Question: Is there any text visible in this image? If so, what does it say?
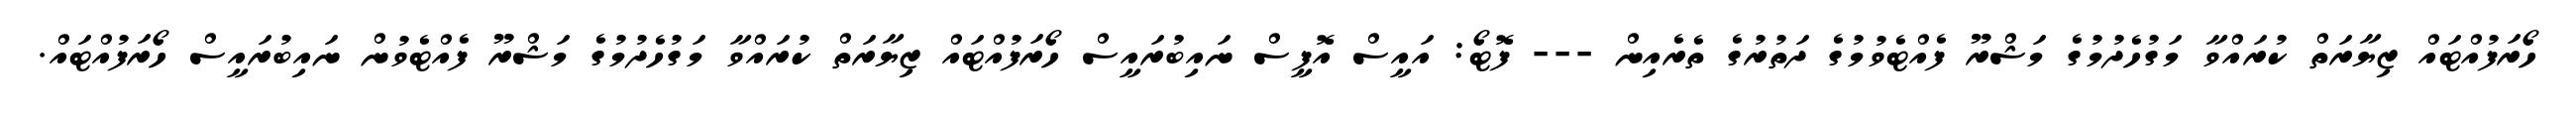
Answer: ހޯރަފުއްޓައް ޒިޔާރަތް ކުރައްވާ މަގުހެދުމުގެ މަޝްރޫ ފެއްޓެވުމުގެ ދަތުރުގެ ތެރެއިން --- ފޮޓޯ: އައީސް އޮފީސް ނައިބުރައީސް ހޯރަފުއްޓައް ޒިޔާރަތް ކުރައްވާ މަގުހެދުމުގެ މަޝްރޫ ފެއްޓެވުން ނައިބުރައީސް ހޯރަފުއްޓައް.